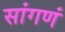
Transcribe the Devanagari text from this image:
सांगणं